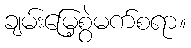
ချမ်းမြေ့စွဲမက်စရာ။